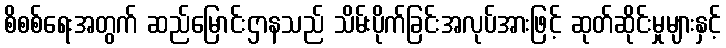
စိစစ်ရေးအတွက် ဆည်မြောင်းဌာနသည် သိမ်းပိုက်ခြင်းအလုပ်အားဖြင့် ဆုတ်ဆိုင်းမှုများနှင့်